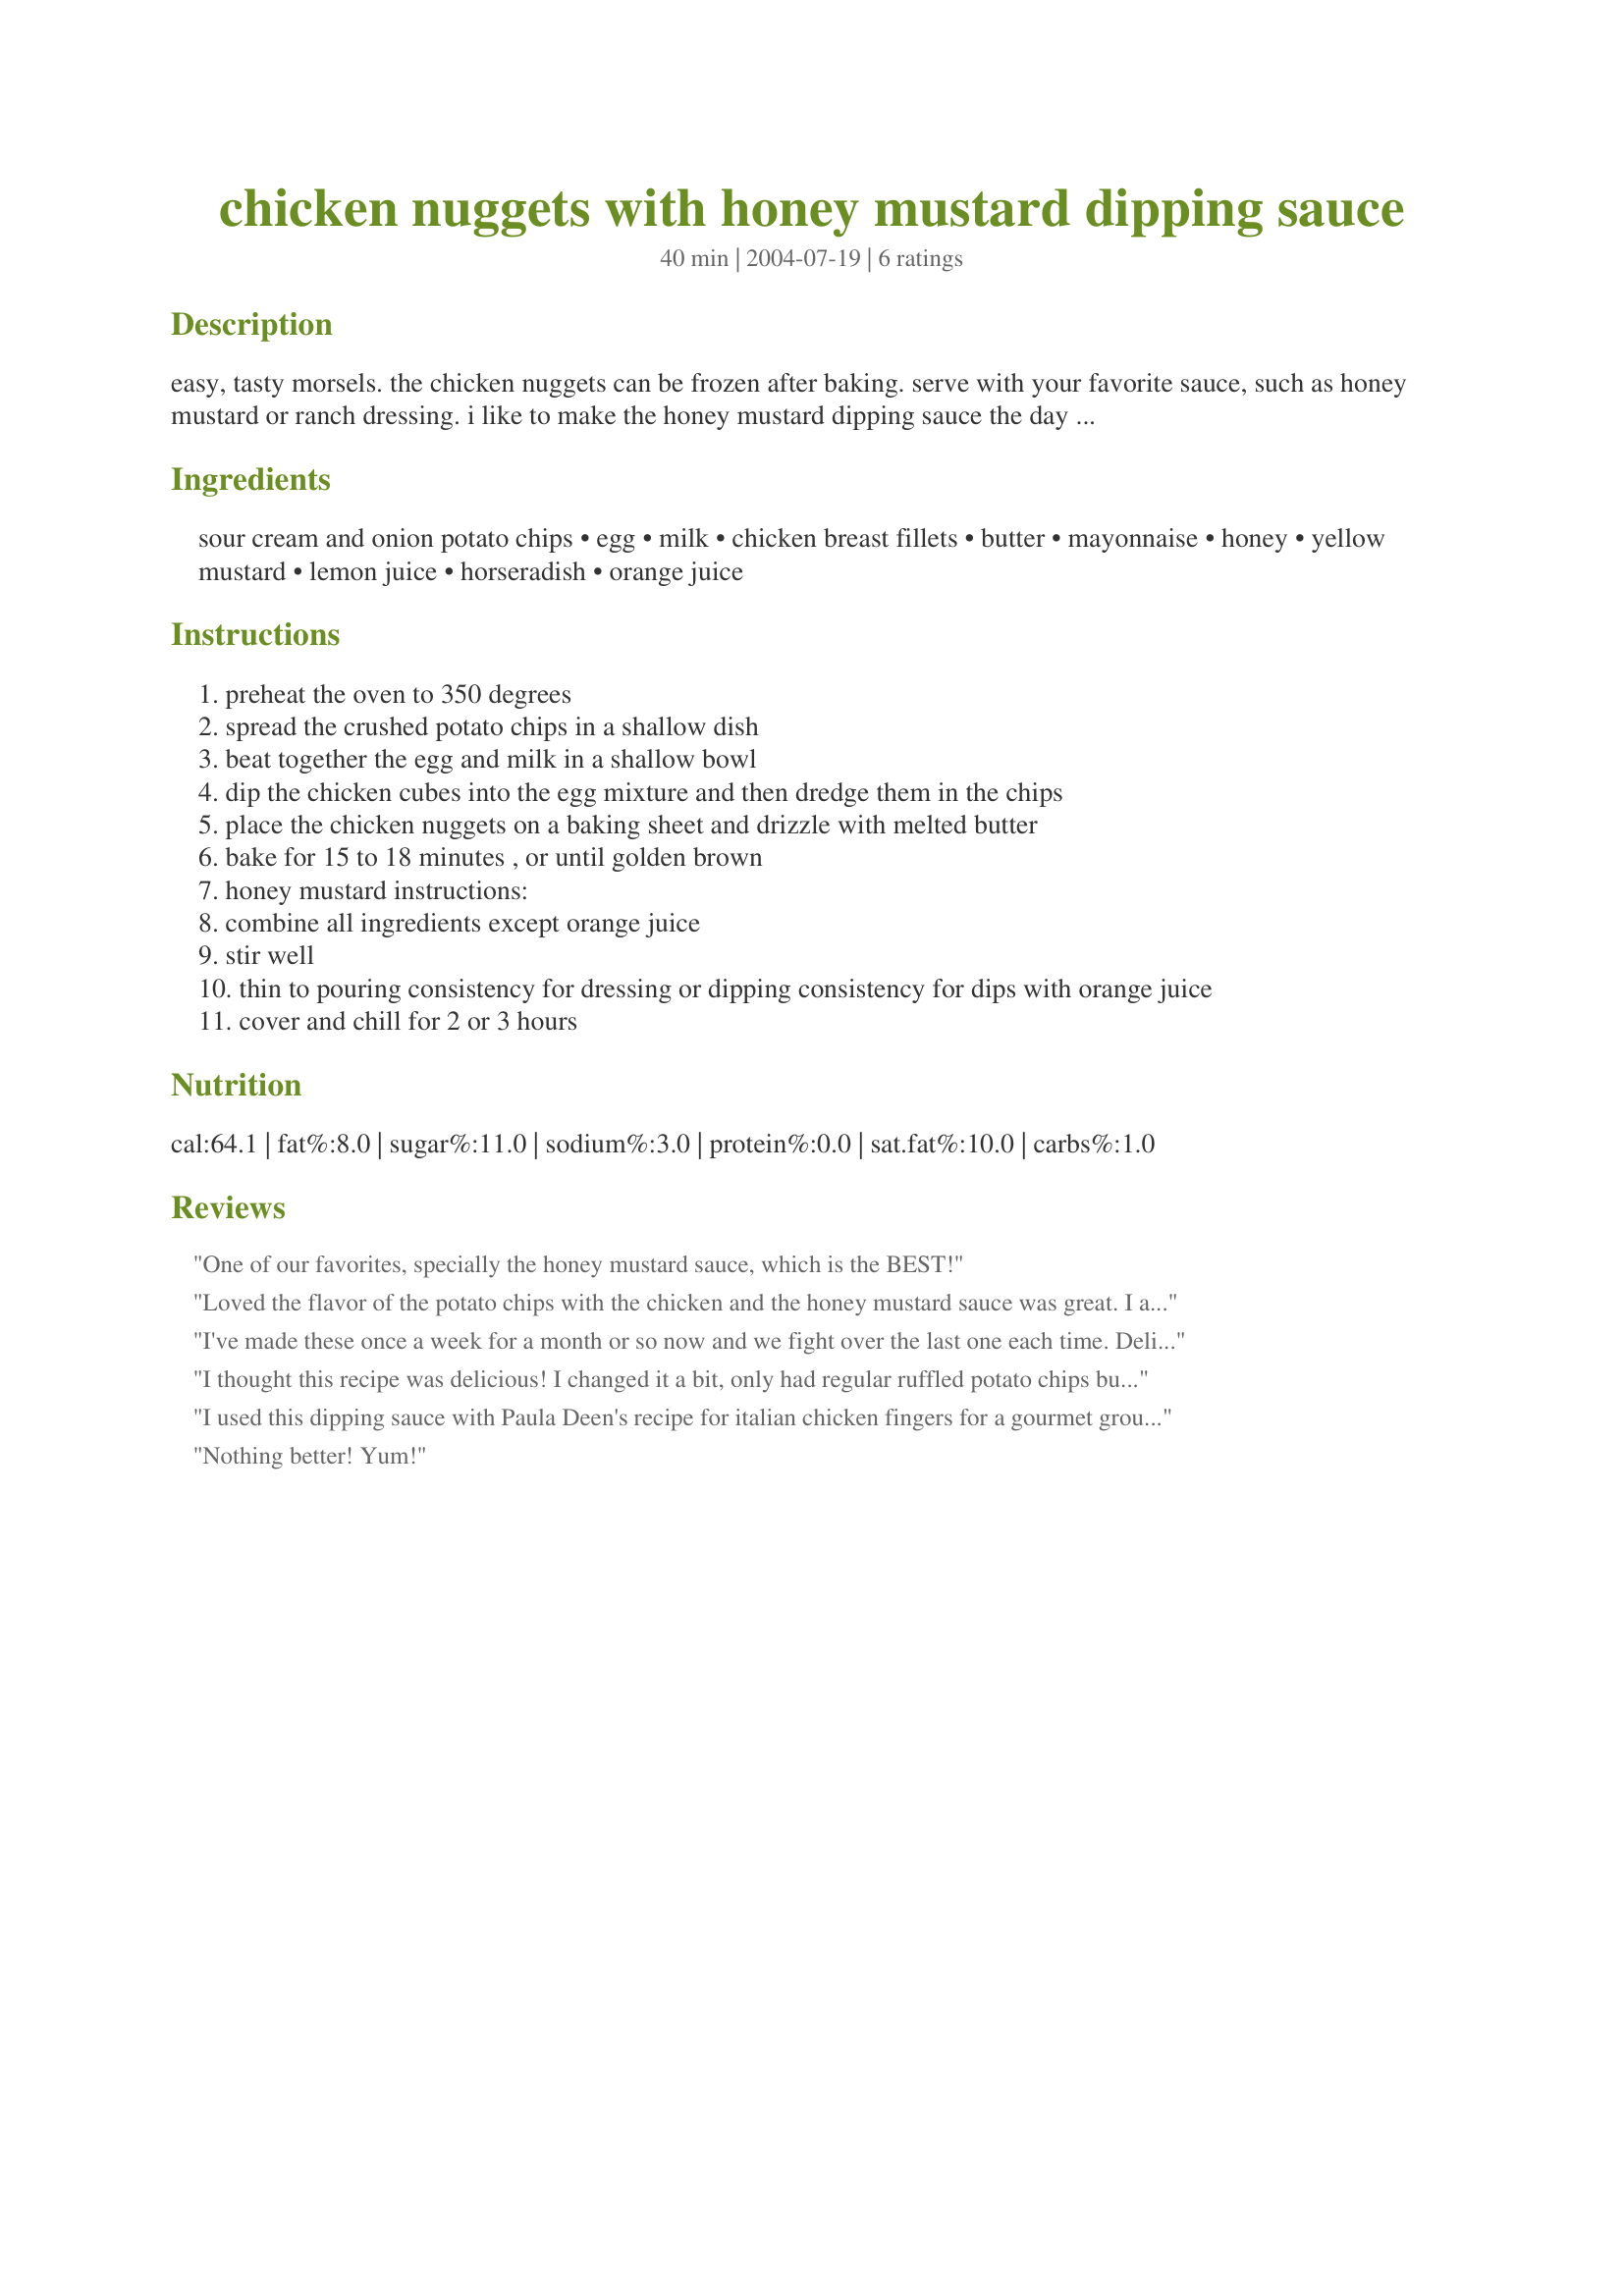
chicken nuggets with honey mustard dipping sauce
Preparation time: 40 minutes

easy, tasty morsels. the chicken nuggets can be frozen after baking. serve with your favorite sauce, such as honey mustard or ranch dressing. i like to make the honey mustard dipping sauce the day before so flavors blend. from paula's home cooking.

Ingredients:
sour cream and onion potato chips, egg, milk, chicken breast fillets, butter, mayonnaise, honey, yellow mustard, lemon juice, horseradish, orange juice

Steps:
preheat the oven to 350 degrees
spread the crushed potato chips in a shallow dish
beat together the egg and milk in a shallow bowl
dip the chicken cubes into the egg mixture and then dredge them in the chips
place the chicken nuggets on a baking sheet and drizzle with melted butter
bake for 15 to 18 minutes , or until golden brown
honey mustard instructions:
combine all ingredients except orange juice
stir well
thin to pouring consistency for dressing or dipping consistency for dips with orange juice
cover and chill for 2 or 3 hours

Reviews:
One of our favorites, specially the honey mustard sauce, which is the BEST!
Loved the flavor of the potato chips with the chicken and the honey mustard sauce was great. I actually used chicken tenders and then cut them up and had them on a bed of lettuce (and some other veggies) and used the dipping sauce as my salad dressing. Thanks for posting this Claudia. Made for Fall 2009 PAC.
I've made these once a week for a month or so now and we fight over the last one each time. Delicious. Be sure and get the chips pretty fine or they won't stick. I also think they benefit from just a sprinkling of salt over, even with the salty chips. Delicious.
I thought this recipe was delicious! I changed it a bit, only had regular ruffled potato chips but it still tasted great. I didn't add any lemon or orange juice to the honey mustard and it was the best recipe I have found for my favorite dipping sauce!
I used this dipping sauce with Paula Deen's recipe for italian chicken fingers for a gourmet group we are in. It was delicious and everyone loved it. I made it exactly as stated, only I omitted the orange juice and I didn't have any. Thanks for sharing.
Nothing better! Yum!
